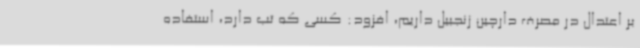
بر اعتدال در مصرف دارچین زنجبیل داریم، افزود: کسی که تب دارد، استفاده